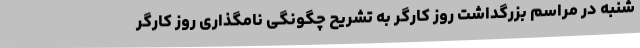
شنبه در مراسم بزرگداشت روز کارگر به تشریح چگونگی نامگذاری روز کارگر